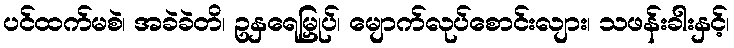
ပင်ထက်မစဲ၊ အခဲခဲတိ၊ ဥနှရေမြှုပ်၊ မျောက်လုပ်စောင်းလျား၊ သဖန်းခါးနှင့်၊